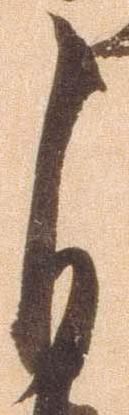
自